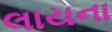
લાયના